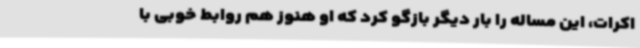
اکرات، این مساله را بار دیگر بازگو کرد که او هنوز هم روابط خوبی با